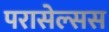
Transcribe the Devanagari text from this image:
परासेल्सस